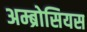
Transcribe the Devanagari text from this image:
अम्ब्रोसियस